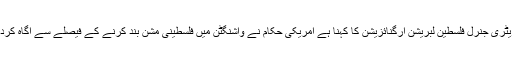
سیکریٹری جنرل فلسطین لبریشن آرگنائزیشن کا کہنا ہے امریکی حکام نے واشنگٹن میں فلسطینی مشن بند کرنے کے فیصلے سے آگاہ کردیاہے۔